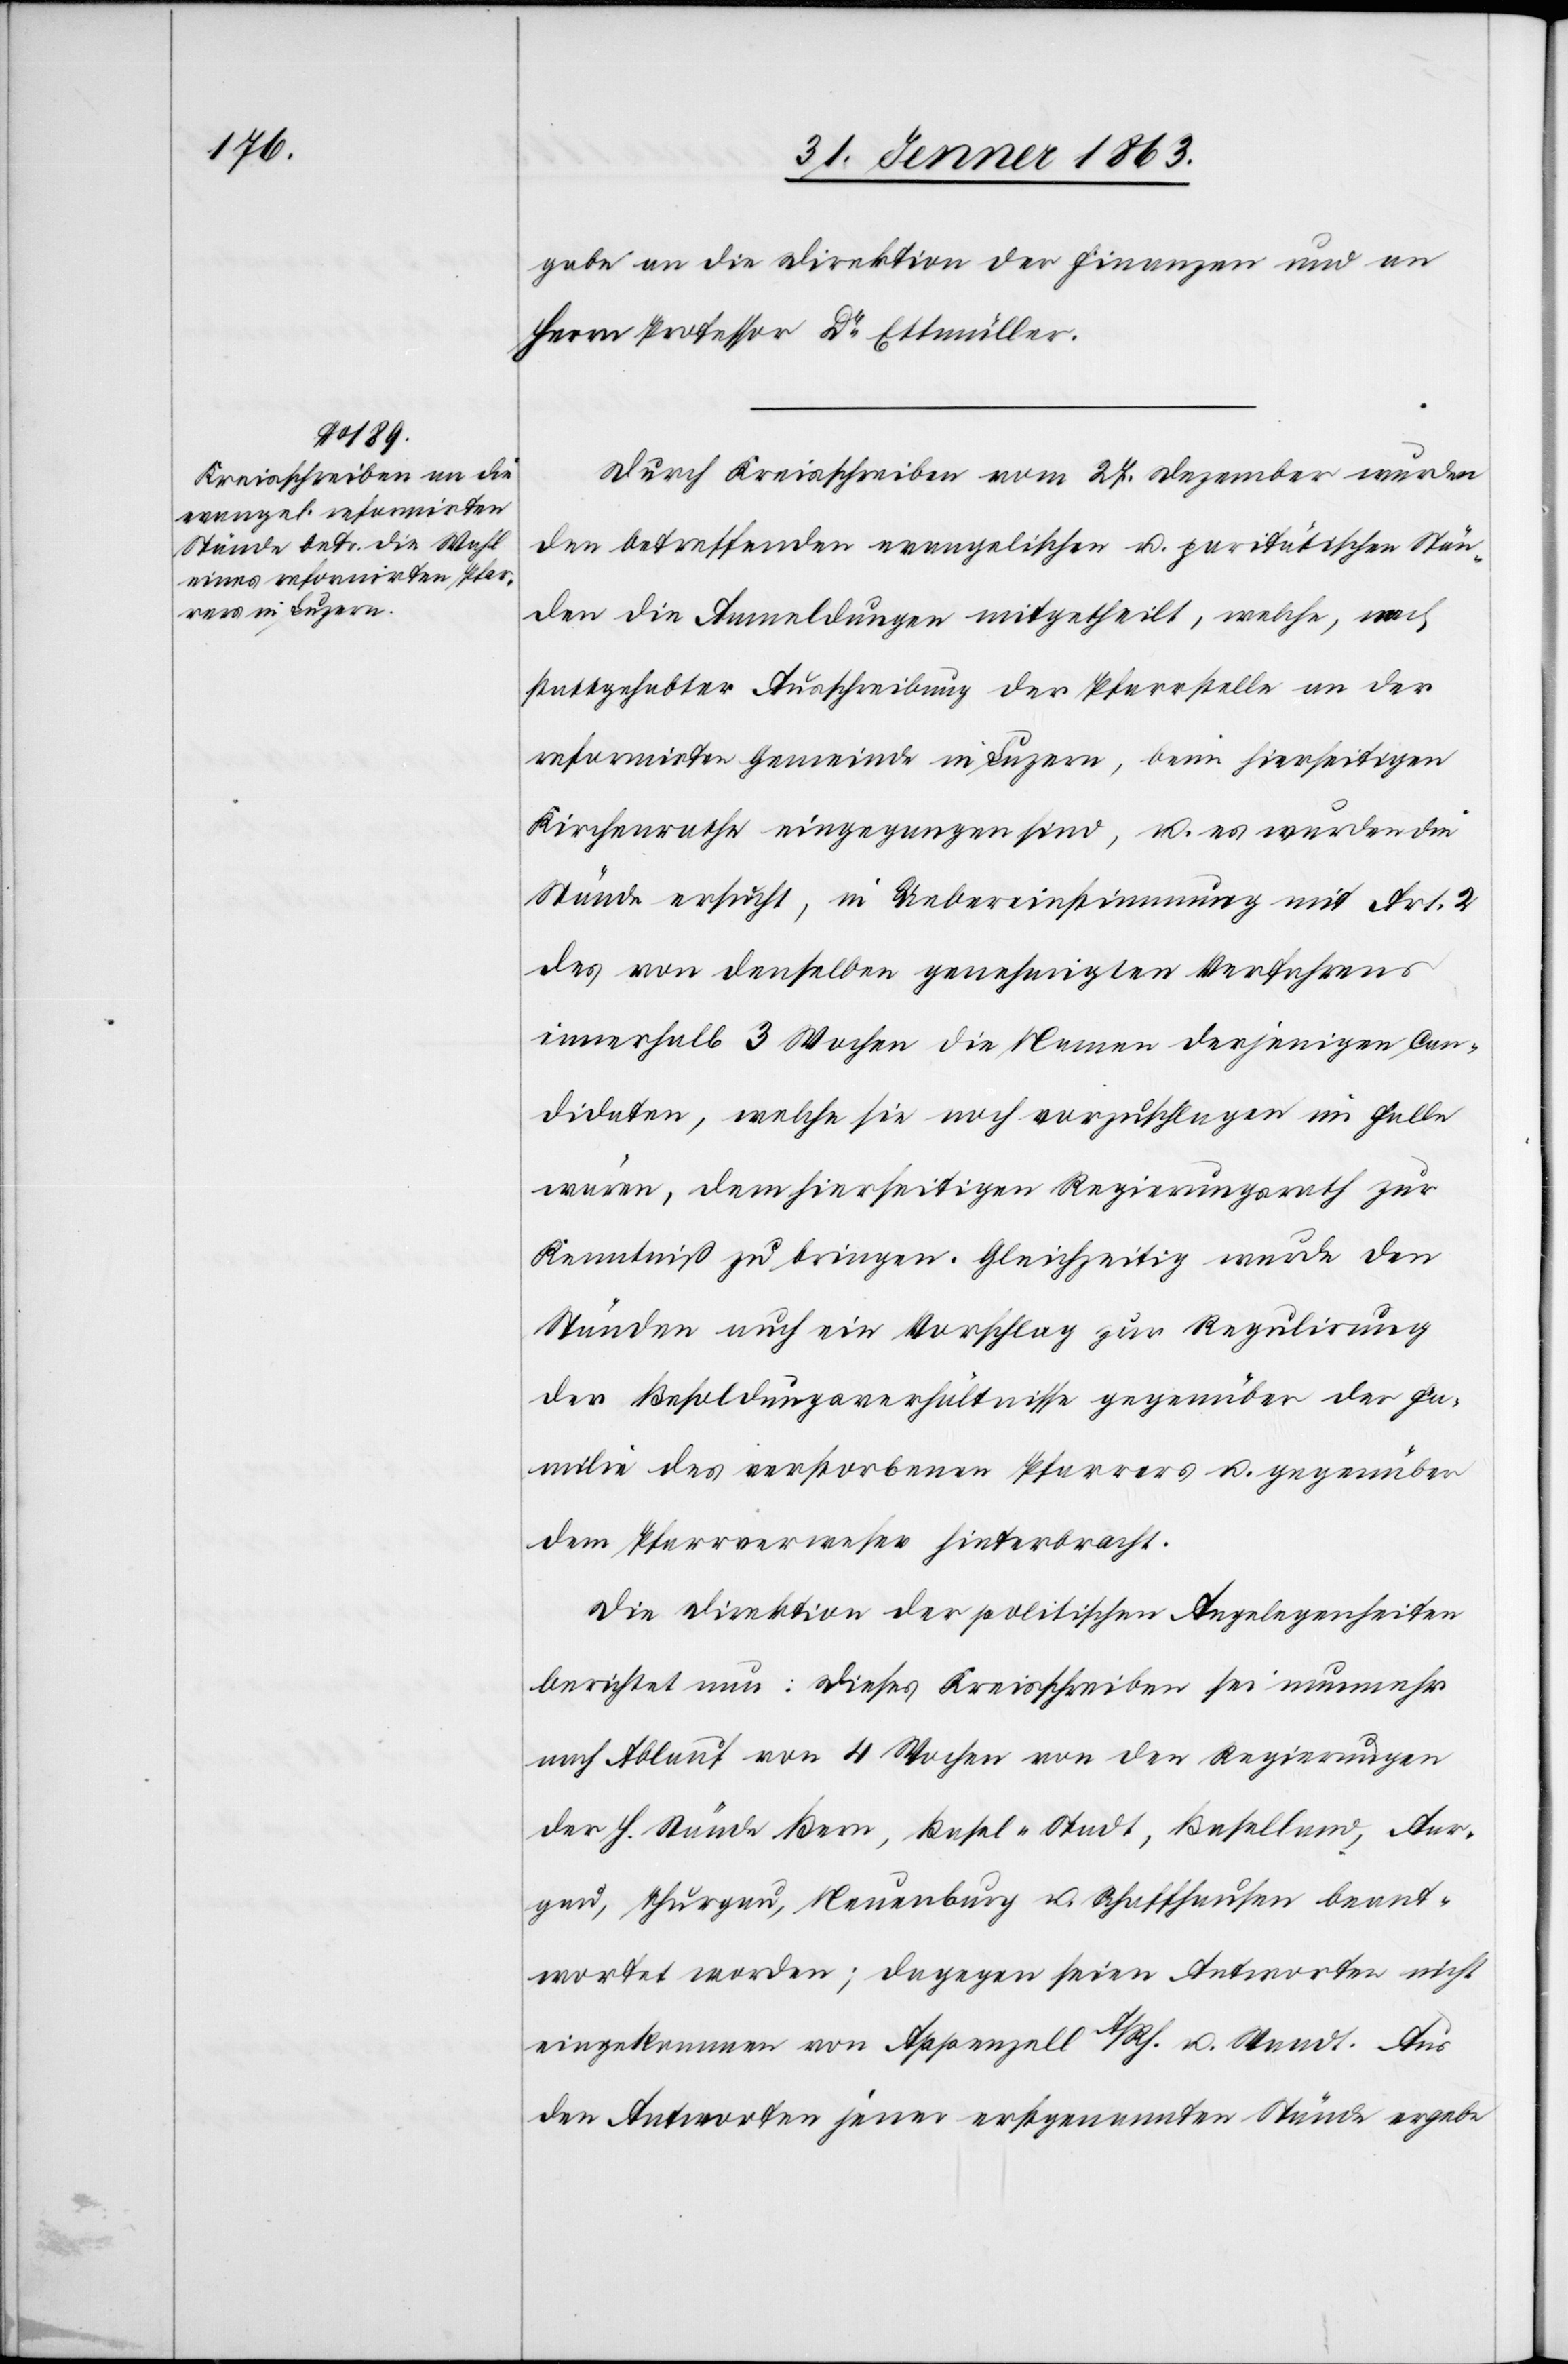
gabe an die Direktion der Finanzen und an
Herrn Professor Dr Ettmüller.
Durch Kreisschreiben vom 27. Dezember wurden
den betreffenden evangelischen u. paritätischen Stän¬
den die Anmeldungen mitgetheilt, welche, nach
stattgehabter Ausschreibung der Pfarrstelle an der
reformirten Gemeinde in Luzern, beim hierseitigen
Kirchenrathe eingegangen sind, u. es wurden die
Stände ersucht, in Uebereinstimmung mit Art. 2
des von denselben genehmigten Verfahrens
innerhalb 3 Wochen die Namen derjenigen Can¬
didaten, welche sie noch vorzuschlagen im Falle
wären, dem hierseitigen Regierungsrath zur
Kenntniß zu bringen. Gleichzeitig werde den
Ständen auch ein Vorschlag zur Regulirung
der Besoldungsverhältnisse gegenüber der Fa¬
milie des verstorbenen Pfarrers u. gegenüber
dem Pfarrverweser hinterbracht.
Die Direktion der politischen Angelegenheiten
berichtet nun: Dieses Kreisschreiben sei nunmehr
nach Ablauf von 4 Wochen von den Regierungen
der h. Stände Bern, Basel-Stadt, Baselland, Aar¬
gau, Thurgau, Neuenburg u. Schaffhausen beant¬
wortet worden; dagegen seien Antworten nicht
eingekommen von Appenzell A/Rh. u. Waadt. Aus
den Antworten jener erstgenannten Stände ergebe